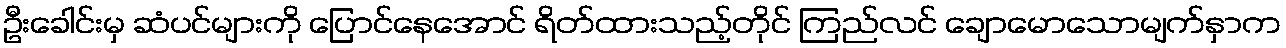
ဦးခေါင်းမှ ဆံပင်များကို ပြောင်နေအောင် ရိတ်ထားသည့်တိုင် ကြည်လင် ချောမောသောမျက်နှာက